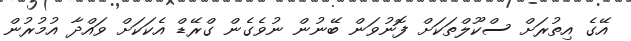
އޭގެ އިތުރަށް ސްކޫލްތަކަށް ފޮނުވަން ބޭނުން ނުވެގެން ގްރޭޑް އެކަކަށް ވައްދާ އުމުރުން